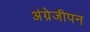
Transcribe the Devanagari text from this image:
अंग्रेजीपन